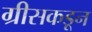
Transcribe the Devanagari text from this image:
ग्रीसकडून